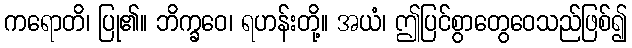
ကရောတိ၊ ပြု၏။ ဘိက္ခဝေ၊ ရဟန်းတို့။ အယံ၊ ဤပြင်စွာတွေဝေသည်ဖြစ်၍